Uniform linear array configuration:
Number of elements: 48
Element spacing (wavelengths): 1
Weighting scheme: uniform
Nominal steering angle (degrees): -60
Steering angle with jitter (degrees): -58.727
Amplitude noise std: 0.05
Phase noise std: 0.05

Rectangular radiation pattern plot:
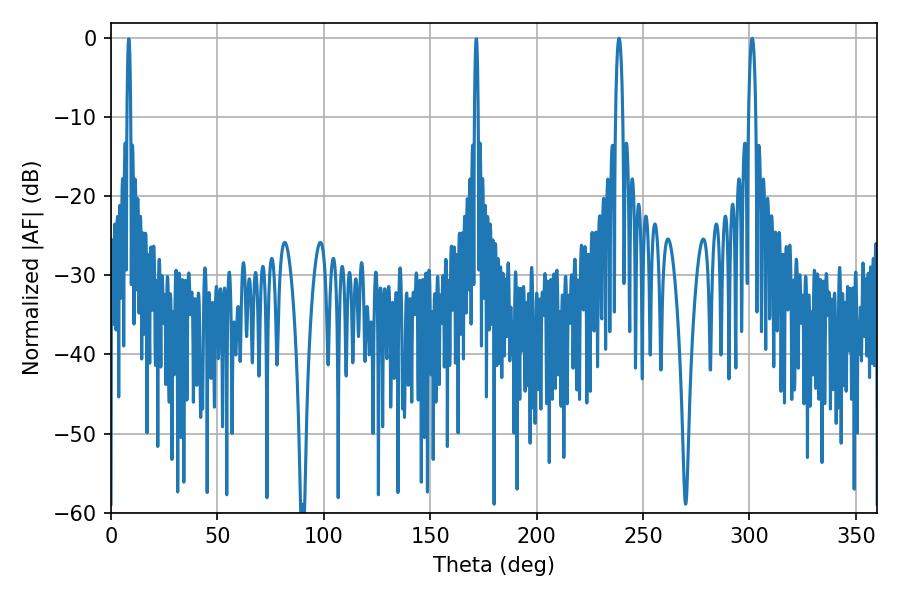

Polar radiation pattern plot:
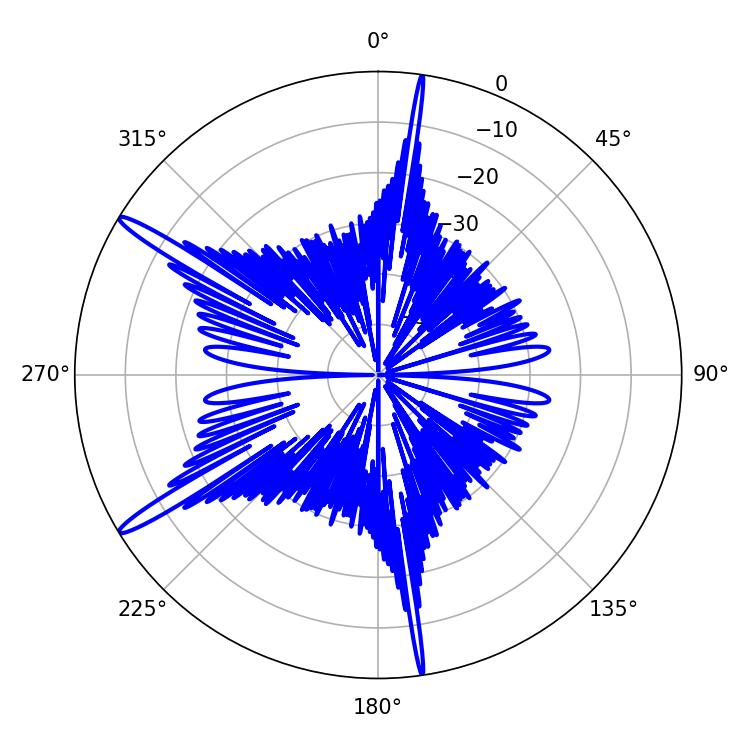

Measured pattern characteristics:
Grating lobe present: TRUE
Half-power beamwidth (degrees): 1.8
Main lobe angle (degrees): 238.68